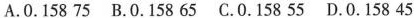
A.0.158 75 B.0.158 65 C.0.158 55 D.0.158 45